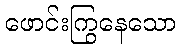
ဖောင်းကြွနေသော